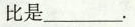
比是___.